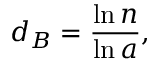
d _ { B } = \frac { \ln n } { \ln a } ,